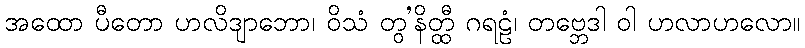
အထော ပီတော ဟလိဒျာဘော၊ ဝိသံ တွ’နိတ္ထီ ဂရဠံ၊ တဗ္ဘေဒါ ဝါ ဟလာဟလော။